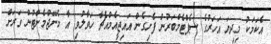
އެކަމަކު މިދިޔަ އަހަރުގެ ސެޕްޓެމްބަރުން ފެށިގެން އައިޖީއެމްއެޗާ ހަވާލުވި އާ މެނޭޖްމެންޓުން ވަރަށް